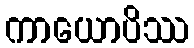
ကာယောပိဿ